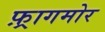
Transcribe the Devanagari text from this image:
फ़्रागमोर